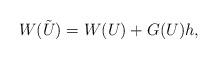
LaTeX: \begin{align*}W(\tilde{U})=W(U)+G(U)h,\end{align*}